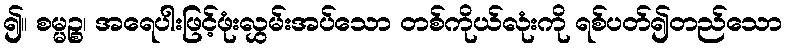
၍။ စမ္မဉ္စ၊ အရေပါးဖြင့်ဖုံးလွှမ်းအပ်သော တစ်ကိုယ်လုံးကို ရစ်ပတ်၍တည်သော